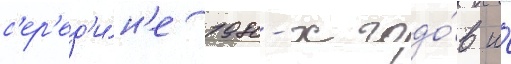
с'ер'ед'и́н'е 1980-х годо́в и́